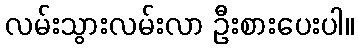
လမ်းသွားလမ်းလာ ဦးစားပေးပါ။